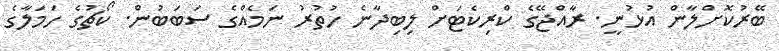
ބޭރުކޮށްލާން އުޅުނީ. ރާއްޖޭގެ ކްރިކެޓަށް ލިބިދާނެ ހުތުރު ނަމެއްގެ ސަބަބުން. ކޯޗުގެ ހަމަލާގެ